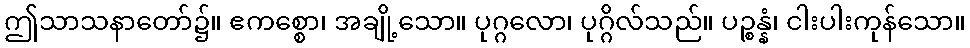
ဤသာသနာတော်၌။ ဧကစ္စော၊ အချို့သော။ ပုဂ္ဂလော၊ ပုဂ္ဂိလ်သည်။ ပဉ္စန္နံ၊ ငါးပါးကုန်သော။